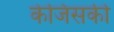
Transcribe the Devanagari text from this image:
केजिंसकी